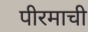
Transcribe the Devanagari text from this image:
पीरमाची